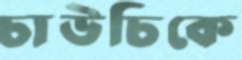
চাউচিকে